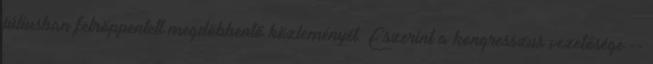
júliusban felröppentett megdöbbentő közleményét. Eszerint a kongresszus vezetősége --